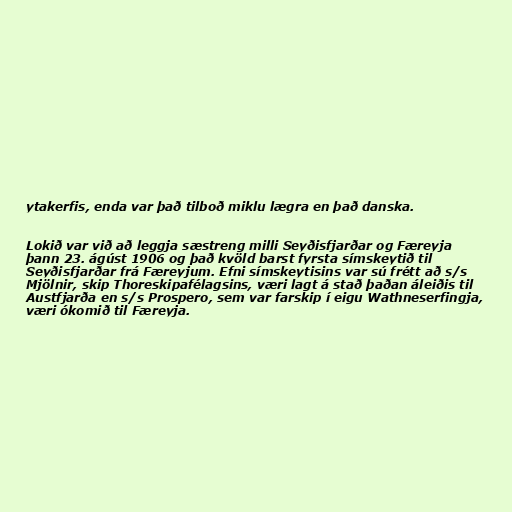
ytakerfis, enda var það tilboð miklu lægra en það danska.

Lokið var við að leggja sæstreng milli Seyðisfjarðar og Færeyja
þann 23. ágúst 1906 og það kvöld barst fyrsta símskeytið til
Seyðisfjarðar frá Færeyjum. Efni símskeytisins var sú frétt að s/s
Mjölnir, skip Thoreskipafélagsins, væri lagt á stað þaðan áleiðis til
Austfjarða en s/s Prospero, sem var farskip í eigu Wathneserfingja,
væri ókomið til Færeyja.